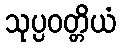
သုပ္ပဝတ္တိယံ